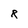
Character: R